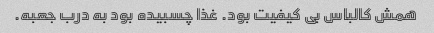
همش کالباس بی کیفیت بود. غذا چسبیده بود به درب جعبه.